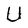
Character: U